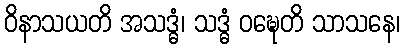
ဝိနာသယတိ အသဒ္ဓံ၊ သဒ္ဓံ ဝဍ္ဎေတိ သာသနေ၊